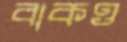
বাকও